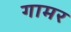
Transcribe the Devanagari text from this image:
गामर